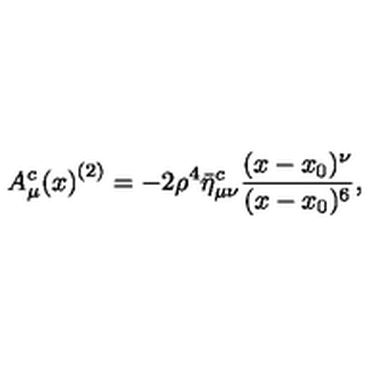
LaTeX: { A _ { \mu } ^ { c } ( x ) } ^ { ( 2 ) } = - 2 \rho ^ { 4 } \bar { \eta } _ { \mu \nu } ^ { c } { \frac { ( x - x _ { 0 } ) ^ { \nu } } { ( x - x _ { 0 } ) ^ { 6 } } } ,